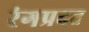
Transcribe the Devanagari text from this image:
रंगप्रदत्त